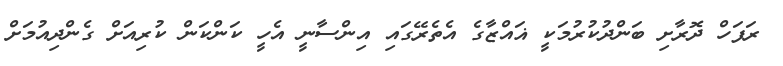
ރަފަހް ދޮރާށި ބަންދުކުރުމަކީ ޣައްޒާގެ އެތެރޭގައި އިންސާނީ އެހީ ކަންކަން ކުރިއަށް ގެންދިއުމަށް